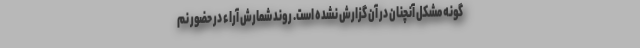
گونه مشکل آنچنان در آن گزارش نشده است. روند شمارش آراء در حضور نم